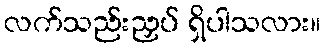
လက်သည်းညှပ် ရှိပါသလား။